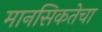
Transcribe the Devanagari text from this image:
मानसिकतेचा